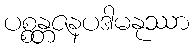
ပစ္စန္တဇနပဒါမနုဿာ